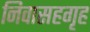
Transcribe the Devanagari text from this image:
निवासहगृह